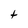
Character: t